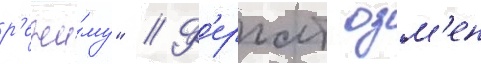
р'ежи́му" // Ф'ерхат озм'ен